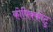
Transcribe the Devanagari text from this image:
कोषिक्कोटु